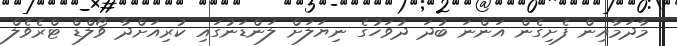
މާދަމާއިން ފެށިގެން އަންނަ ބުދަ ދުވަހުގެ ނިޔަލަށް ލަންޑަނުގައި ކުރިއަށްދާ ވޯލްޑް ޓްރެވެލް